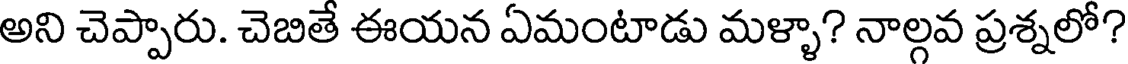
అని చెప్పారు. చెబితే ఈయన ఏమంటాడు మళ్ళా? నాల్గవ ప్రశ్నలో?